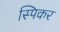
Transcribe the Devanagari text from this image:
स्पिकर